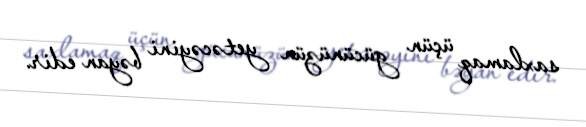
saxlamaq üçün gücünüzün yetəcəyini bəyan edir.